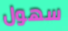
سهول